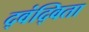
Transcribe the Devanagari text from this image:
द्वंद्विता